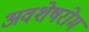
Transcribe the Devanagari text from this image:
अवशेषरोम